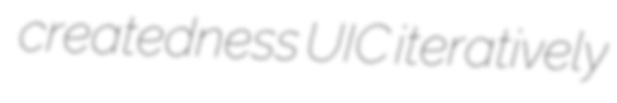
createdness UIC iteratively